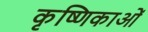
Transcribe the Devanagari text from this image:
कृष्णिकाओं